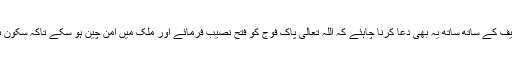
تعاون کرنے والوں کی تعریف کے ساتھ ساتھ یہ بھی دُعا کرنا چاہئے کہ اللہ تعالیٰ پاک فوج کو فتح نصیب فرمائے اور ملک میں امن چین ہو سکے تاکہ سکون ہو تو ملک ترقی بھی کرے۔